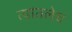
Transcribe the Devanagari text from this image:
त्यांतलेच